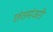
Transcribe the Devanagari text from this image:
छंतमंजरी